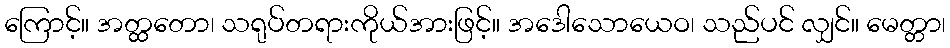
ကြောင့်။ အတ္ထတော၊ သရုပ်တရားကိုယ်အားဖြင့်။ အဒေါသောယေဝ၊ သည်ပင် လျှင်။ မေတ္တာ၊